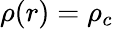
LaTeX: \rho(r)=\rho_{c}